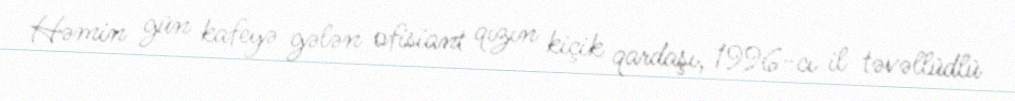
Həmin gün kafeyə gələn ofisiant qızın kiçik qardaşı, 1996-cı il təvəllüdlü